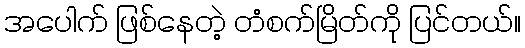
အပေါက် ဖြစ်နေတဲ့ တံစက်မြိတ်ကို ပြင်တယ်။